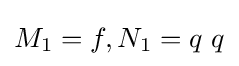
M_{1}=f,N_{1}=q\ q